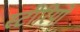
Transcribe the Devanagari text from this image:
स्‍टीरियो